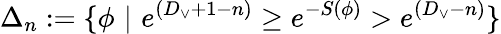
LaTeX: \Delta_{n}:=\{ \phi\, \, |\, \, e^{(D_{\vee}+1-n)}\geq e^{-S(\phi)}>e^{(D_{\vee}-n)}\}